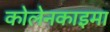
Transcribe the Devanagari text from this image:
कोलेनकाइमा